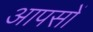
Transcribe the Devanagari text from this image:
आपसों